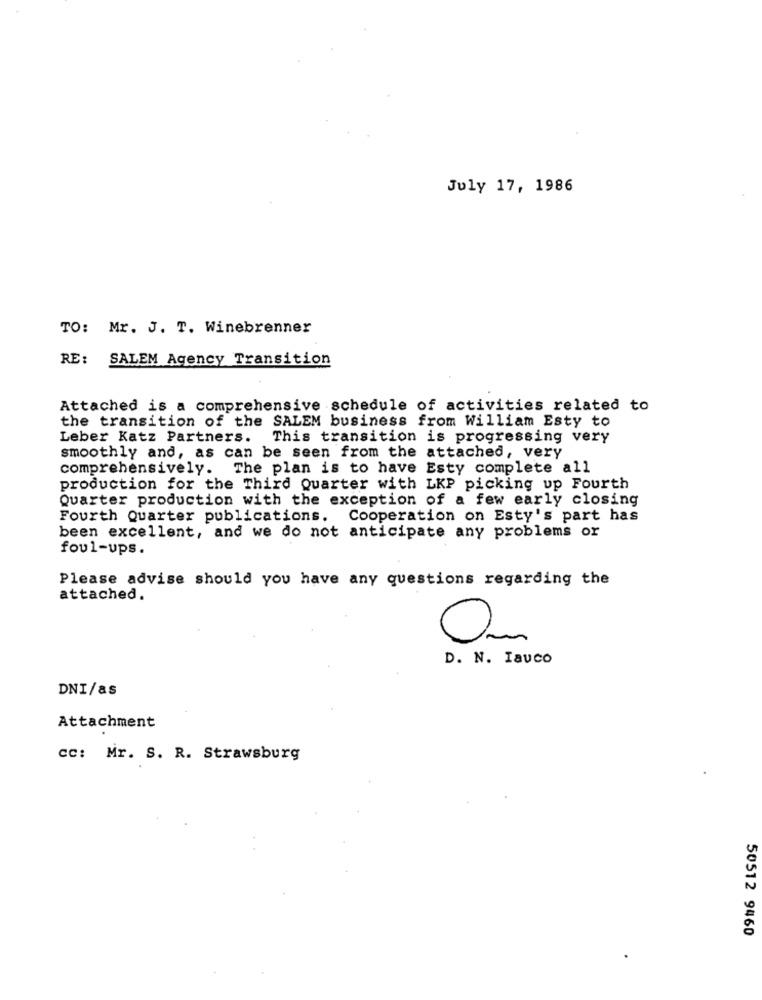
July 17, 1986
TO: Mr. J. T. Winebrenner
RE: SALEM Agency Transition
Attached is a comprehensive schedule of activities related to
the transition of the SALEM business from William Esty to
Leber Katz Partners. This transition is progressing very
smoothly and, as can be seen from the attached, very
comprehensively.
The plan is to have Esty complete all
production for the Third Quarter with LKP picking up Fourth
Quarter production with the exception of a few early closing
Fourth Quarter publications. Cooperation on Esty's part has
been excellent, and we do not anticipate any problems or
foul-ups.
Please advise should you have any questions regarding the
attached.
On
D. N. Iauco
DNI/as
Attachment
cc: Mr. S. R. Strawsburg
50512 9460